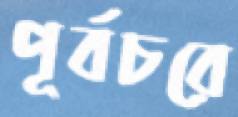
পূর্বচরে